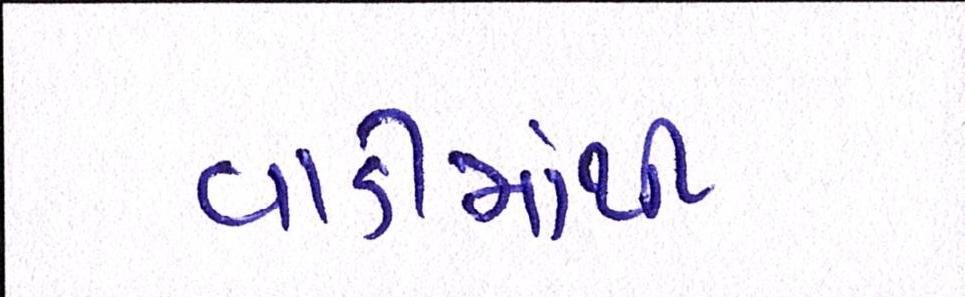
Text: વાડીમાંથી